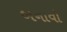
બનાવો